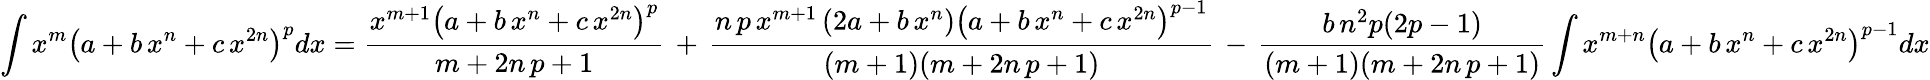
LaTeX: \int x^{m}\left(a+b\, x^{n}+c\, x^{2n}\right)^{p}dx={\frac{x^{m+1}\left(a+b\, x^{n}+c\, x^{2n}\right)^{p}}{m+2n\, p+1}}\, +\, {\frac{n\, p\, x^{m+1}\left(2a+b\, x^{n}\right)\left(a+b\, x^{n}+c\, x^{2n}\right)^{p-1}}{(m+1)(m+2n\, p+1)}}\, -\, {\frac{b\, n^{2}p(2p-1)}{(m+1)(m+2n\, p+1)}}\int x^{m+n}\left(a+b\, x^{n}+c\, x^{2n}\right)^{p-1}dx